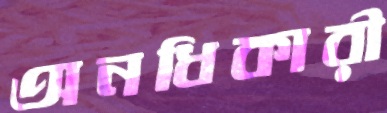
অনধিকারী